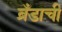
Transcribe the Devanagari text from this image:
ब्रँडाची